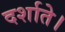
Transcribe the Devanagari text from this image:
दर्शाते।